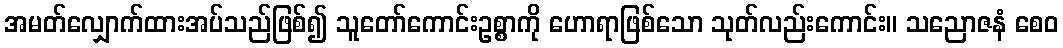
အမတ်လျှောက်ထားအပ်သည်ဖြစ်၍ သူတော်ကောင်းဥစ္စာကို ဟောရာဖြစ်သော သုတ်လည်းကောင်း။ သညောဇနံ စေဝ